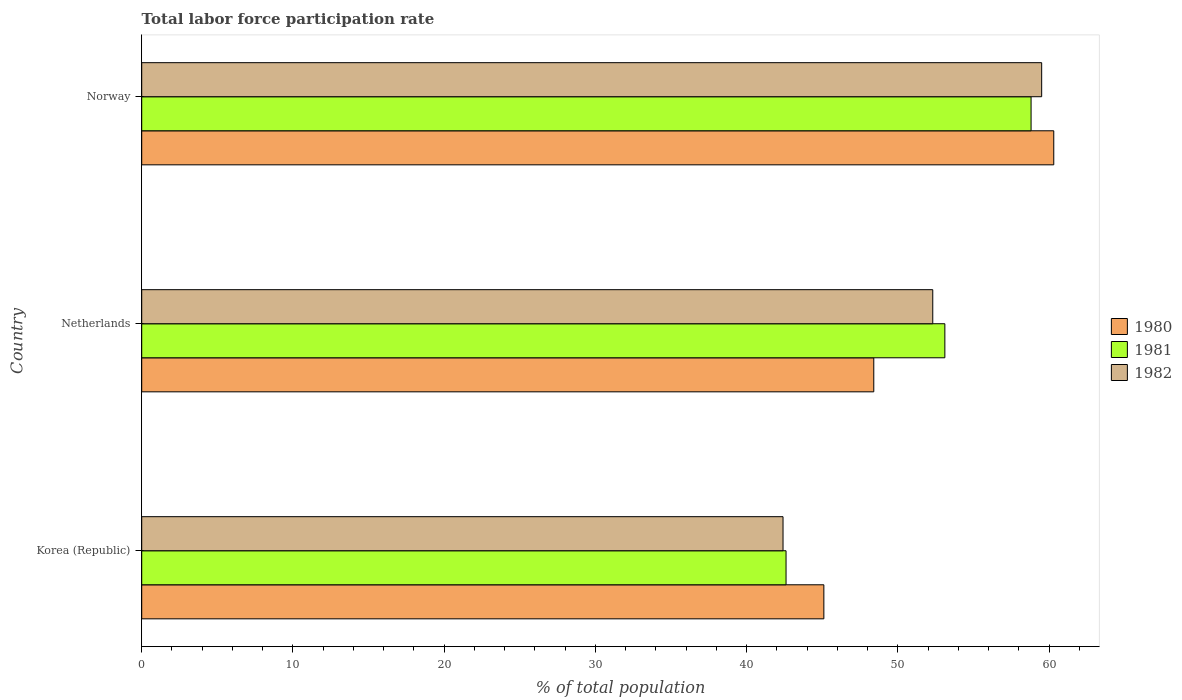
| Country | 1980 | 1981 | 1982 |
 | --- | --- | --- | --- |
 | Korea (Republic) | 45.1 | 42.6 | 42.4 |
 | Netherlands | 48.4 | 53.1 | 52.3 |
 | Norway | 60.3 | 58.8 | 59.5 |